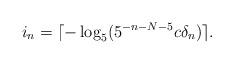
LaTeX: \begin{align*} i_n = \lceil -\log_{5}(5^{-n-N-5}c\delta_n)\rceil. \end{align*}